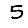
Digit: 5